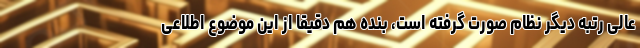
عالی رتبه دیگر نظام صورت گرفته است، بنده هم دقیقاً از این موضوع اطلاعی